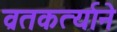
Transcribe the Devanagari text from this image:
व्रतकर्त्याने